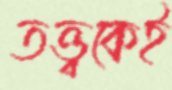
তত্ত্বকেই